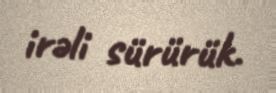
irəli sürürük.